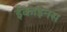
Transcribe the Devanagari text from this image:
ईकाइनस